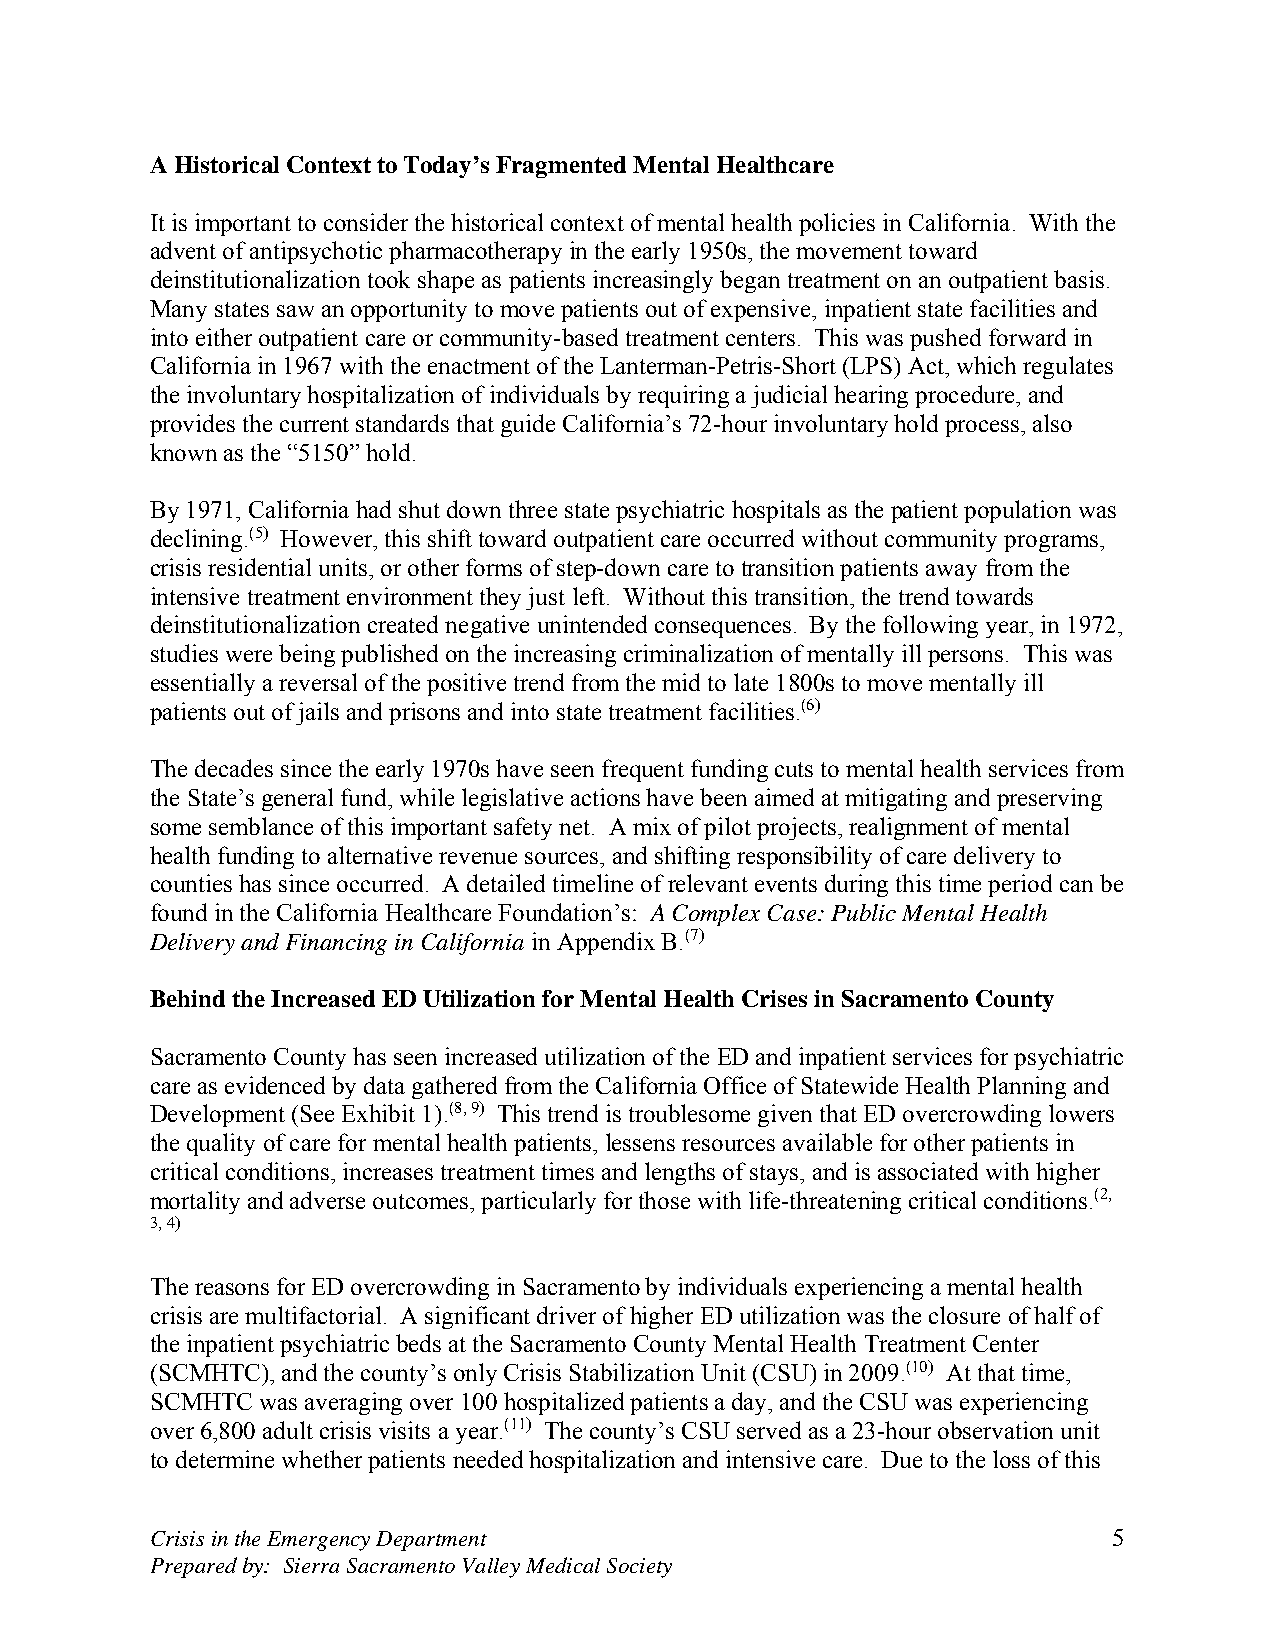
A Historical Context to Today’s Fragmented Mental Healthcare
 It is important to consider the historical context of mental health policies in California. With the
 advent of antipsychotic pharmacotherapy in the early 1950s, the movement toward
 deinstitutionalization took shape as patients increasingly began treatment on an outpatient basis.
 Many states saw an opportunity to move patients out of expensive, inpatient state facilities and
 into either outpatient care or community-based treatment centers. This was pushed forward in
 California in 1967 with the enactment of the Lanterman-Petris-Short (LPS) Act, which regulates
 the involuntary hospitalization of individuals by requiring a judicial hearing procedure, and
 provides the current standards that guide California’s 72-hour involuntary hold process, also
 known as the “5150” hold.
 By 1971, California had shut down three state psychiatric hospitals as the patient population was
 declining.(5) However, this shift toward outpatient care occurred without community programs,
 crisis residential units, or other forms of step-down care to transition patients away from the
 intensive treatment environment they just left. Without this transition, the trend towards
 deinstitutionalization created negative unintended consequences. By the following year, in 1972,
 studies were being published on the increasing criminalization of mentally ill persons. This was
 essentially a reversal of the positive trend from the mid to late 1800s to move mentally ill
 patients out of jails and prisons and into state treatment facilities.(6)
 The decades since the early 1970s have seen frequent funding cuts to mental health services from
 the State’s general fund, while legislative actions have been aimed at mitigating and preserving
 some semblance of this important safety net. A mix of pilot projects, realignment of mental
 health funding to alternative revenue sources, and shifting responsibility of care delivery to
 counties has since occurred. A detailed timeline of relevant events during this time period can be
 found in the California Healthcare Foundation’s: A Complex Case: Public Mental Health
 Delivery and Financing in California in Appendix B.(7)
 Behind the Increased ED Utilization for Mental Health Crises in Sacramento County
 Sacramento County has seen increased utilization of the ED and inpatient services for psychiatric
 care as evidenced by data gathered from the California Office of Statewide Health Planning and
 Development (See Exhibit 1).(8, 9) This trend is troublesome given that ED overcrowding lowers
 the quality of care for mental health patients, lessens resources available for other patients in
 critical conditions, increases treatment times and lengths of stays, and is associated with higher
 mortality and adverse outcomes, particularly for those with life-threatening critical conditions.(2,
 3, 4)
 The reasons for ED overcrowding in Sacramento by individuals experiencing a mental health
 crisis are multifactorial. A significant driver of higher ED utilization was the closure of half of
 the inpatient psychiatric beds at the Sacramento County Mental Health Treatment Center
 (SCMHTC), and the county’s only Crisis Stabilization Unit (CSU) in 2009.(10) At that time,
 SCMHTC was averaging over 100 hospitalized patients a day, and the CSU was experiencing
 over 6,800 adult crisis visits a year.(11) The county’s CSU served as a 23-hour observation unit
 to determine whether patients needed hospitalization and intensive care. Due to the loss of this
 Crisis in the Emergency Department                              5
 Prepared by: Sierra Sacramento Valley Medical Society